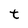
Character: t